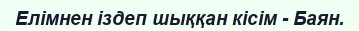
Елімнен іздеп шыққан кісім - Баян.